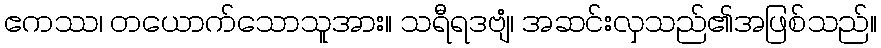
ဧကဿ၊ တယောက်သောသူအား။ သရီရဒဗျံ၊ အဆင်းလှသည်၏အဖြစ်သည်။